DOW-UAP-D48, Department of the Air Force Report, 1996
Agency: Department of War
Incident date: 9/10/96
Page 75
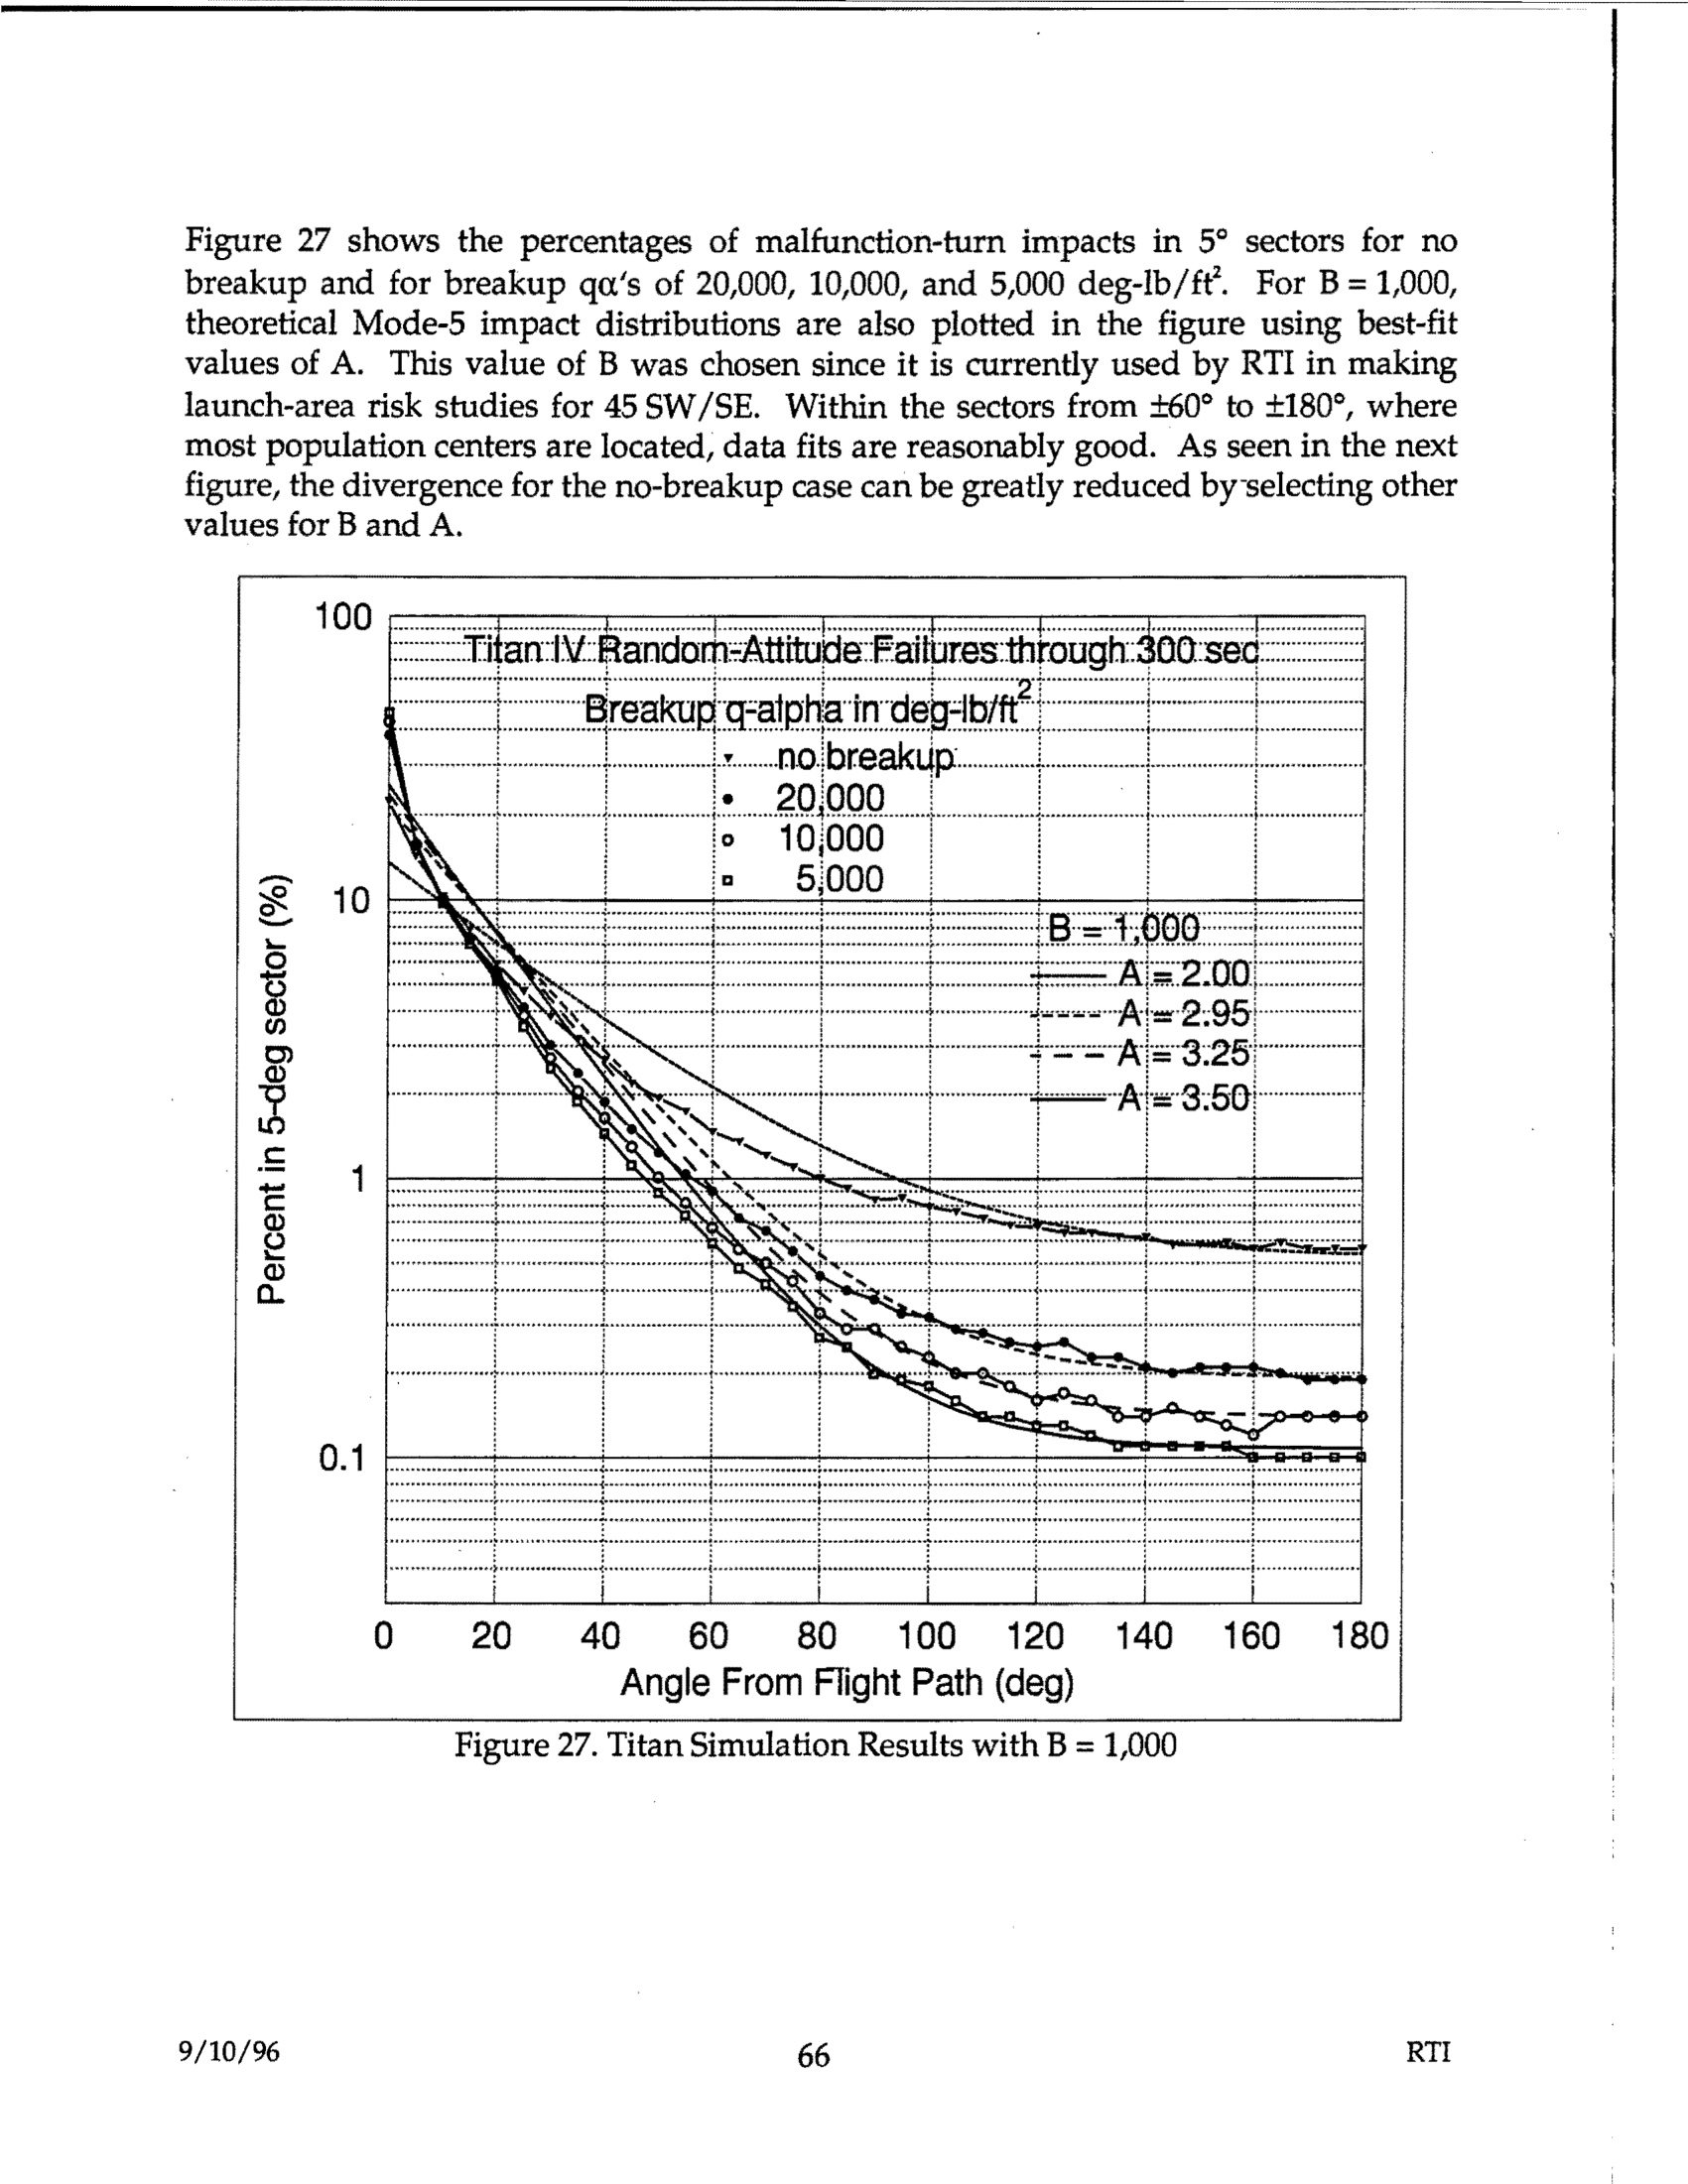